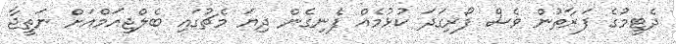
ދެޓީމުގެ ފަރާތުން ވެސް ފޯރިގަދަ ކުޅުމެއް ފެނިގެން ދިޔަ މެޗުގައި ބެލްޖިއަމްއަށް ނަތީޖާ